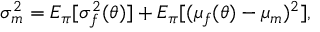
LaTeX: \sigma _ { m } ^ { 2 } = E _ { \pi } [ \sigma _ { f } ^ { 2 } ( \theta ) ] + E _ { \pi } [ ( \mu _ { f } ( \theta ) - \mu _ { m } ) ^ { 2 } ] ,